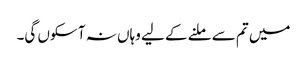
میں تم سے ملنے کے لیے وہاں نہ آ سکوں گی۔